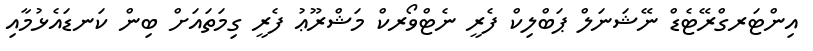
އިންޓަރގްރޭޓެޑް ނޭޝަނަލް ޕަބްލިކް ފެރީ ނެޓްވޯރކް މަޝްރޫޢު ފެރީ ގިމަތައަށް ބިން ކަނޑައެޅުމާއި